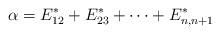
LaTeX: \begin{align*}\alpha=E_{12}^\ast+E_{23}^\ast+\cdots + E_{n,n+1}^\ast\end{align*}